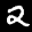
Label: 2